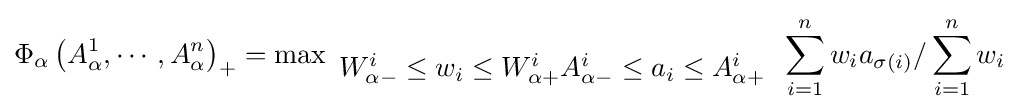
\Phi _{\alpha }\left({A_{\alpha }^{1},\cdots ,A_{\alpha }^{n}}\right)_{+}=\operatorname {\max } \limits _{\begin{array}{l}W_{\alpha -}^{i}\leq w_{i}\leq W_{\alpha +}^{i}A_{\alpha -}^{i}\leq a_{i}\leq A_{\alpha +}^{i}\end{array}}\sum \limits _{i=1}^{n}{w_{i}a_{\sigma (i)}/\sum \limits _{i=1}^{n}{w_{i}}}